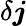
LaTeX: \delta\boldsymbol{j}